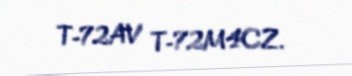
T-72AV T-72M4CZ.